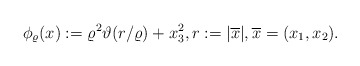
\begin{align*} \phi_\varrho(x):= \varrho^2 \vartheta(r/\varrho) + x_3^2, r:= |\overline{x}|, \overline{x}=(x_1,x_2).\end{align*}